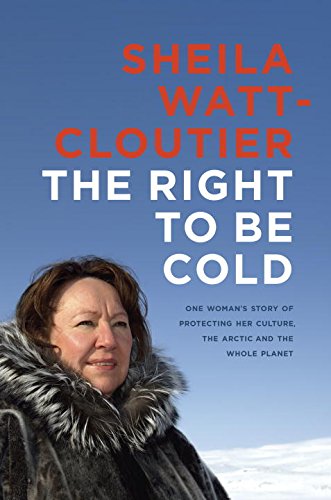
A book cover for The Right to Be Cold: One Woman's Story of Protecting Her Culture, the Arctic and the Whole Planet; Sheila Watt-cloutier; Biographies & Memoirs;